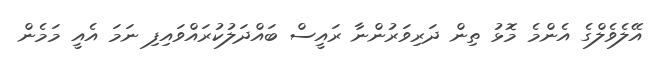
އޭލެވެލްގެ އެންމެ މޮޅު ތިން ދަރިވަރުންނާ ރައީސް ބައްދަލުކުރައްވައިފި ނަމަ އެއީ މަމެން